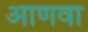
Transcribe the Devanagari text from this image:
आणवा